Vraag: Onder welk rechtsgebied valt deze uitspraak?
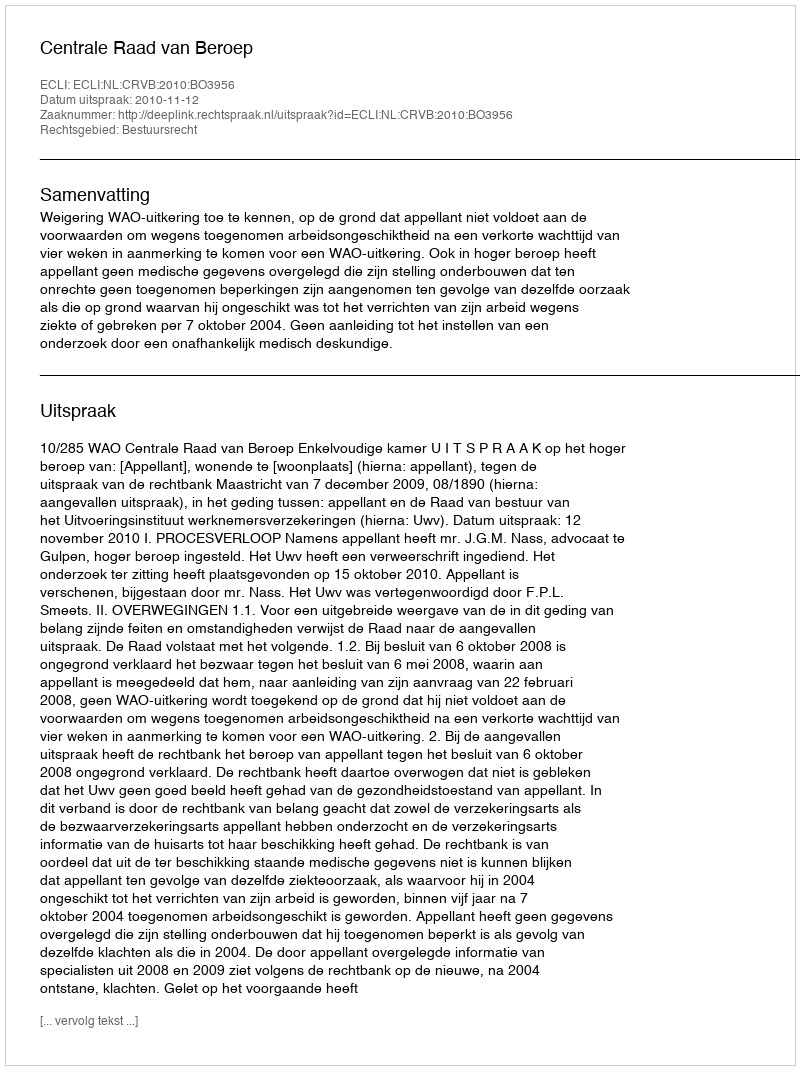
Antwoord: Bestuursrecht